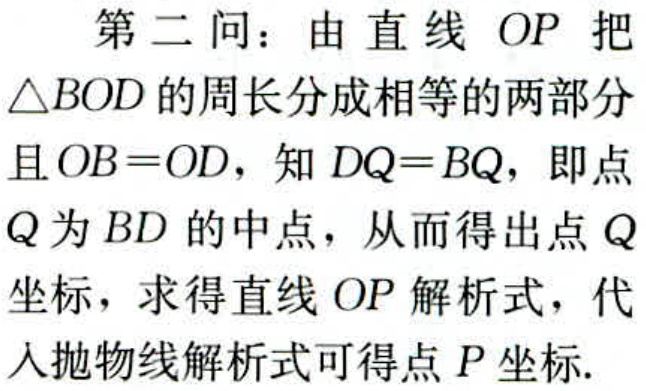
第二问：由直线 \(OP\) 把
\(\triangle BOD\) 的周长分成相等的两部分
且 \(OB = OD\)，知 \(DQ = BQ\)，即点
\(Q\) 为 \(BD\) 的中点，从而得出点
\(Q\) 坐标，求得直线 \(OP\) 解析式，代
入抛物线解析式可得点 \(P\) 坐标.